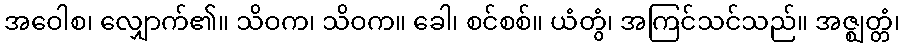
အဝေါစ၊ လျှောက်၏။ သိဝက၊ သိဝက။ ခေါ၊ စင်စစ်။ ယံတွံ၊ အကြင်သင်သည်။ အဇ္ဈတ္တံ၊